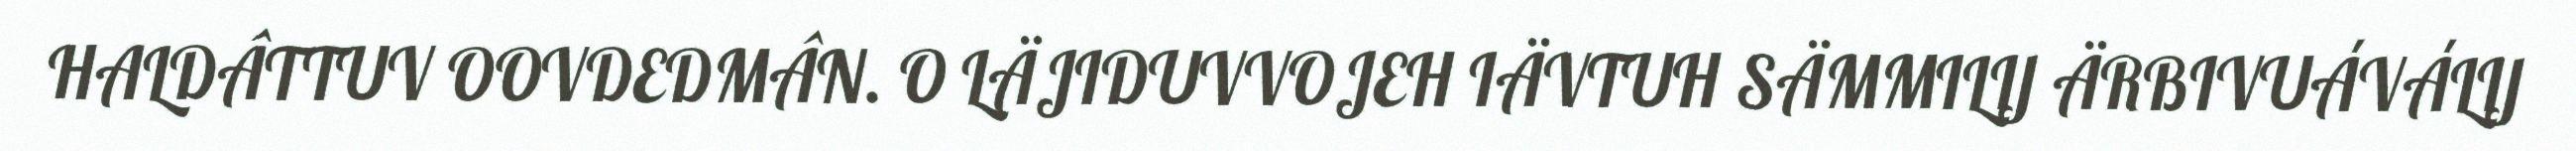
HALDÂTTUV OOVDEDMÂN. O LÄJIDUVVOJEH IÄVTUH SÄMMILIJ ÄRBIVUÁVÁLIJ